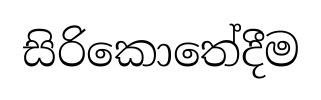
සිරිකොතේදීම